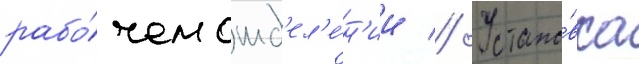
рабо́чем отд'ел'е́н'ии // Устано́вка